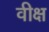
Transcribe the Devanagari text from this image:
वीक्ष